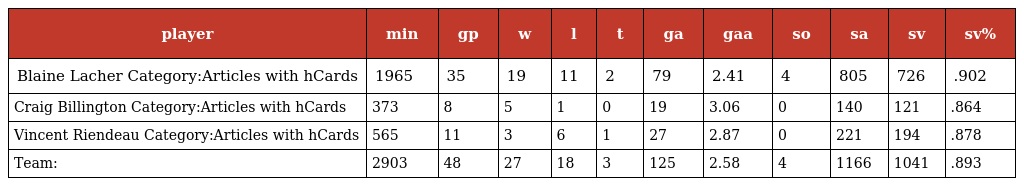
| player | min | gp | w | l | t | ga | gaa | so | sa | sv | sv% |
 | --- | --- | --- | --- | --- | --- | --- | --- | --- | --- | --- | --- |
 | Blaine Lacher Category:Articles with hCards | 1965 | 35 | 19 | 11 | 2 | 79 | 2.41 | 4 | 805 | 726 | .902 |
 | Craig Billington Category:Articles with hCards | 373 | 8 | 5 | 1 | 0 | 19 | 3.06 | 0 | 140 | 121 | .864 |
 | Vincent Riendeau Category:Articles with hCards | 565 | 11 | 3 | 6 | 1 | 27 | 2.87 | 0 | 221 | 194 | .878 |
 | Team: | 2903 | 48 | 27 | 18 | 3 | 125 | 2.58 | 4 | 1166 | 1041 | .893 |